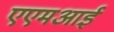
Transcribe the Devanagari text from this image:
एएमआई